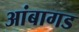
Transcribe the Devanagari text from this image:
आंबागड